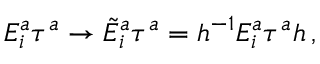
E _ { i } ^ { a } \tau ^ { a } \to \tilde { E } _ { i } ^ { a } \tau ^ { a } = h ^ { - 1 } E _ { i } ^ { a } \tau ^ { a } h \, ,